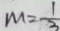
m = \frac { 1 } { 3 }